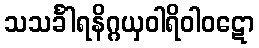
သသင်္ခါရနိဂ္ဂယှဝါရိဝါဝဋော